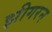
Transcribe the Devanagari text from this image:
झीगरन